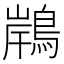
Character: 𪂢